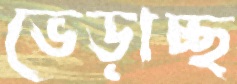
ভেড়াচ্ছ